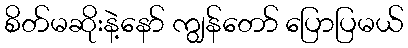
စိတ်မဆိုးနဲ့နော် ကျွန်တော် ပြောပြမယ်